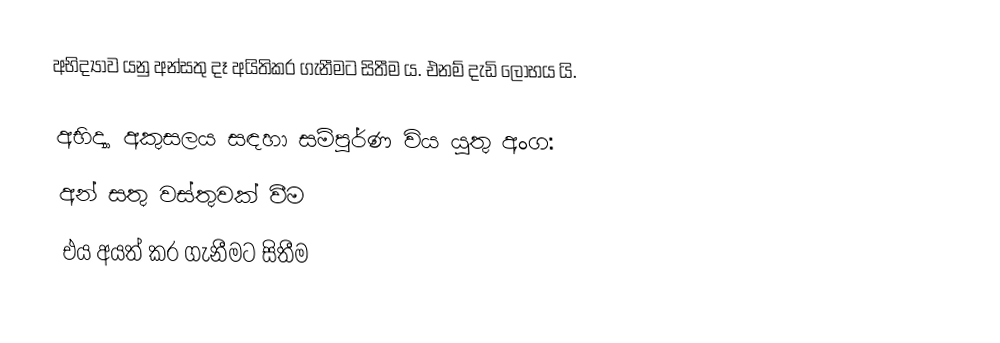
අභිද්‍යාව යනු අන්සතු දෑ අයිතිකර ගැනීමට සිතීම ය. එනම් දැඩි ලෝභය යි. 

අභිද්‍යා අකුසලය සඳහා සම්පූර්ණ විය යුතු අංග:
 අන් සතු වස්තුවක් වීම
 එය අයත් කර ගැනීමට සිතීම